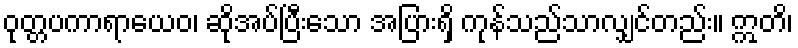
ဝုတ္တပကာရာယေဝ၊ ဆိုအပ်ပြီးသော အပြားရှိ ကုန်သည်သာလျှင်တည်း။ ဣတိ၊